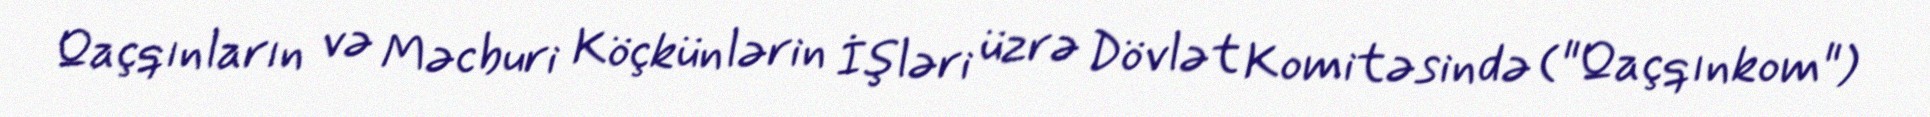
Qaçqınların və Məcburi Köçkünlərin İşləri üzrə Dövlət Komitəsində ("Qaçqınkom")